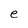
Character: e